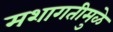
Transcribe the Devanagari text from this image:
मशागतीमुळे